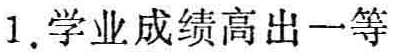
1. 学业成绩高出一等